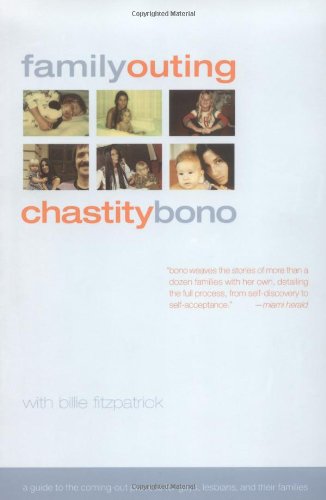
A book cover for Family Outing: A Guide to the Coming-Out Process for Gays, Lesbians, & Their Families; Chastity Bono; Gay & Lesbian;